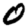
Digit: 0